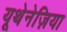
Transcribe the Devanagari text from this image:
यूथेनेज़िया